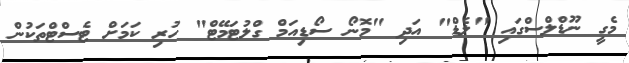
މެގީ ނޫޑްލްސްގައި "ލެޑް" އަދި "މޮނޯ ސޯޑިއަމް ގްލުޓަމޭޓް" ހުރި ކަމަށް ޓެސްޓްތަކުން